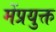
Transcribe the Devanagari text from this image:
मेंप्रयुक्त